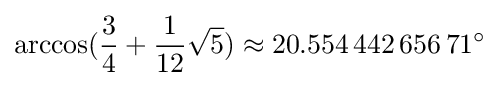
\arccos({\frac {3}{4}}+{\frac {1}{12}}{\sqrt {5}})\approx 20.554\,442\,656\,71^{\circ }